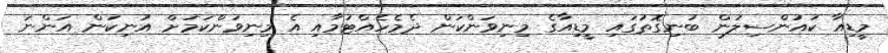
މީޑިއާ ކައުންސިލުން ބުނިގޮތުގައި މީޑިއާގެ މިނިވަންކަން ދެމެހެއްޓުމާއި އެ މިނިވަންކަމަށް އުނިކަން އަންނަ